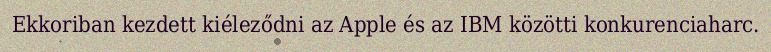
Ekkoriban kezdett kiéleződni az Apple és az IBM közötti konkurenciaharc.